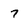
Character: 7